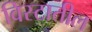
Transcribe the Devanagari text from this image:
विस्टातील